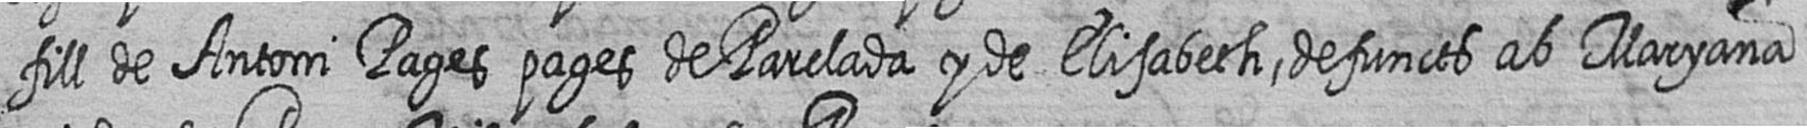
fill de Antoni Pages pages de Parelada y de Elisabeth defuncts ab Maryanna